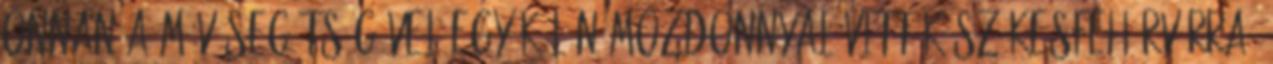
onnan a MÁV segítségével egy külön mozdonnyal vitték Székesfehérvárra,